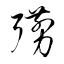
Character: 彅